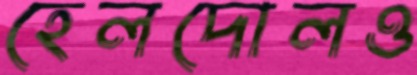
হেলদোলও